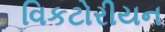
વિકટોરીયન